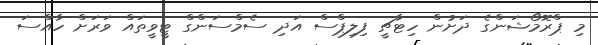
މި ޕްރޮމޯޝަންގެ ދަށުން ހިޓާޗީ ފިލިޕްސް އަދި ސެމްސަންގް ޓީވީތައް ވަރަށް ހާއްސަ